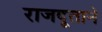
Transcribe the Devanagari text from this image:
राजदूताने